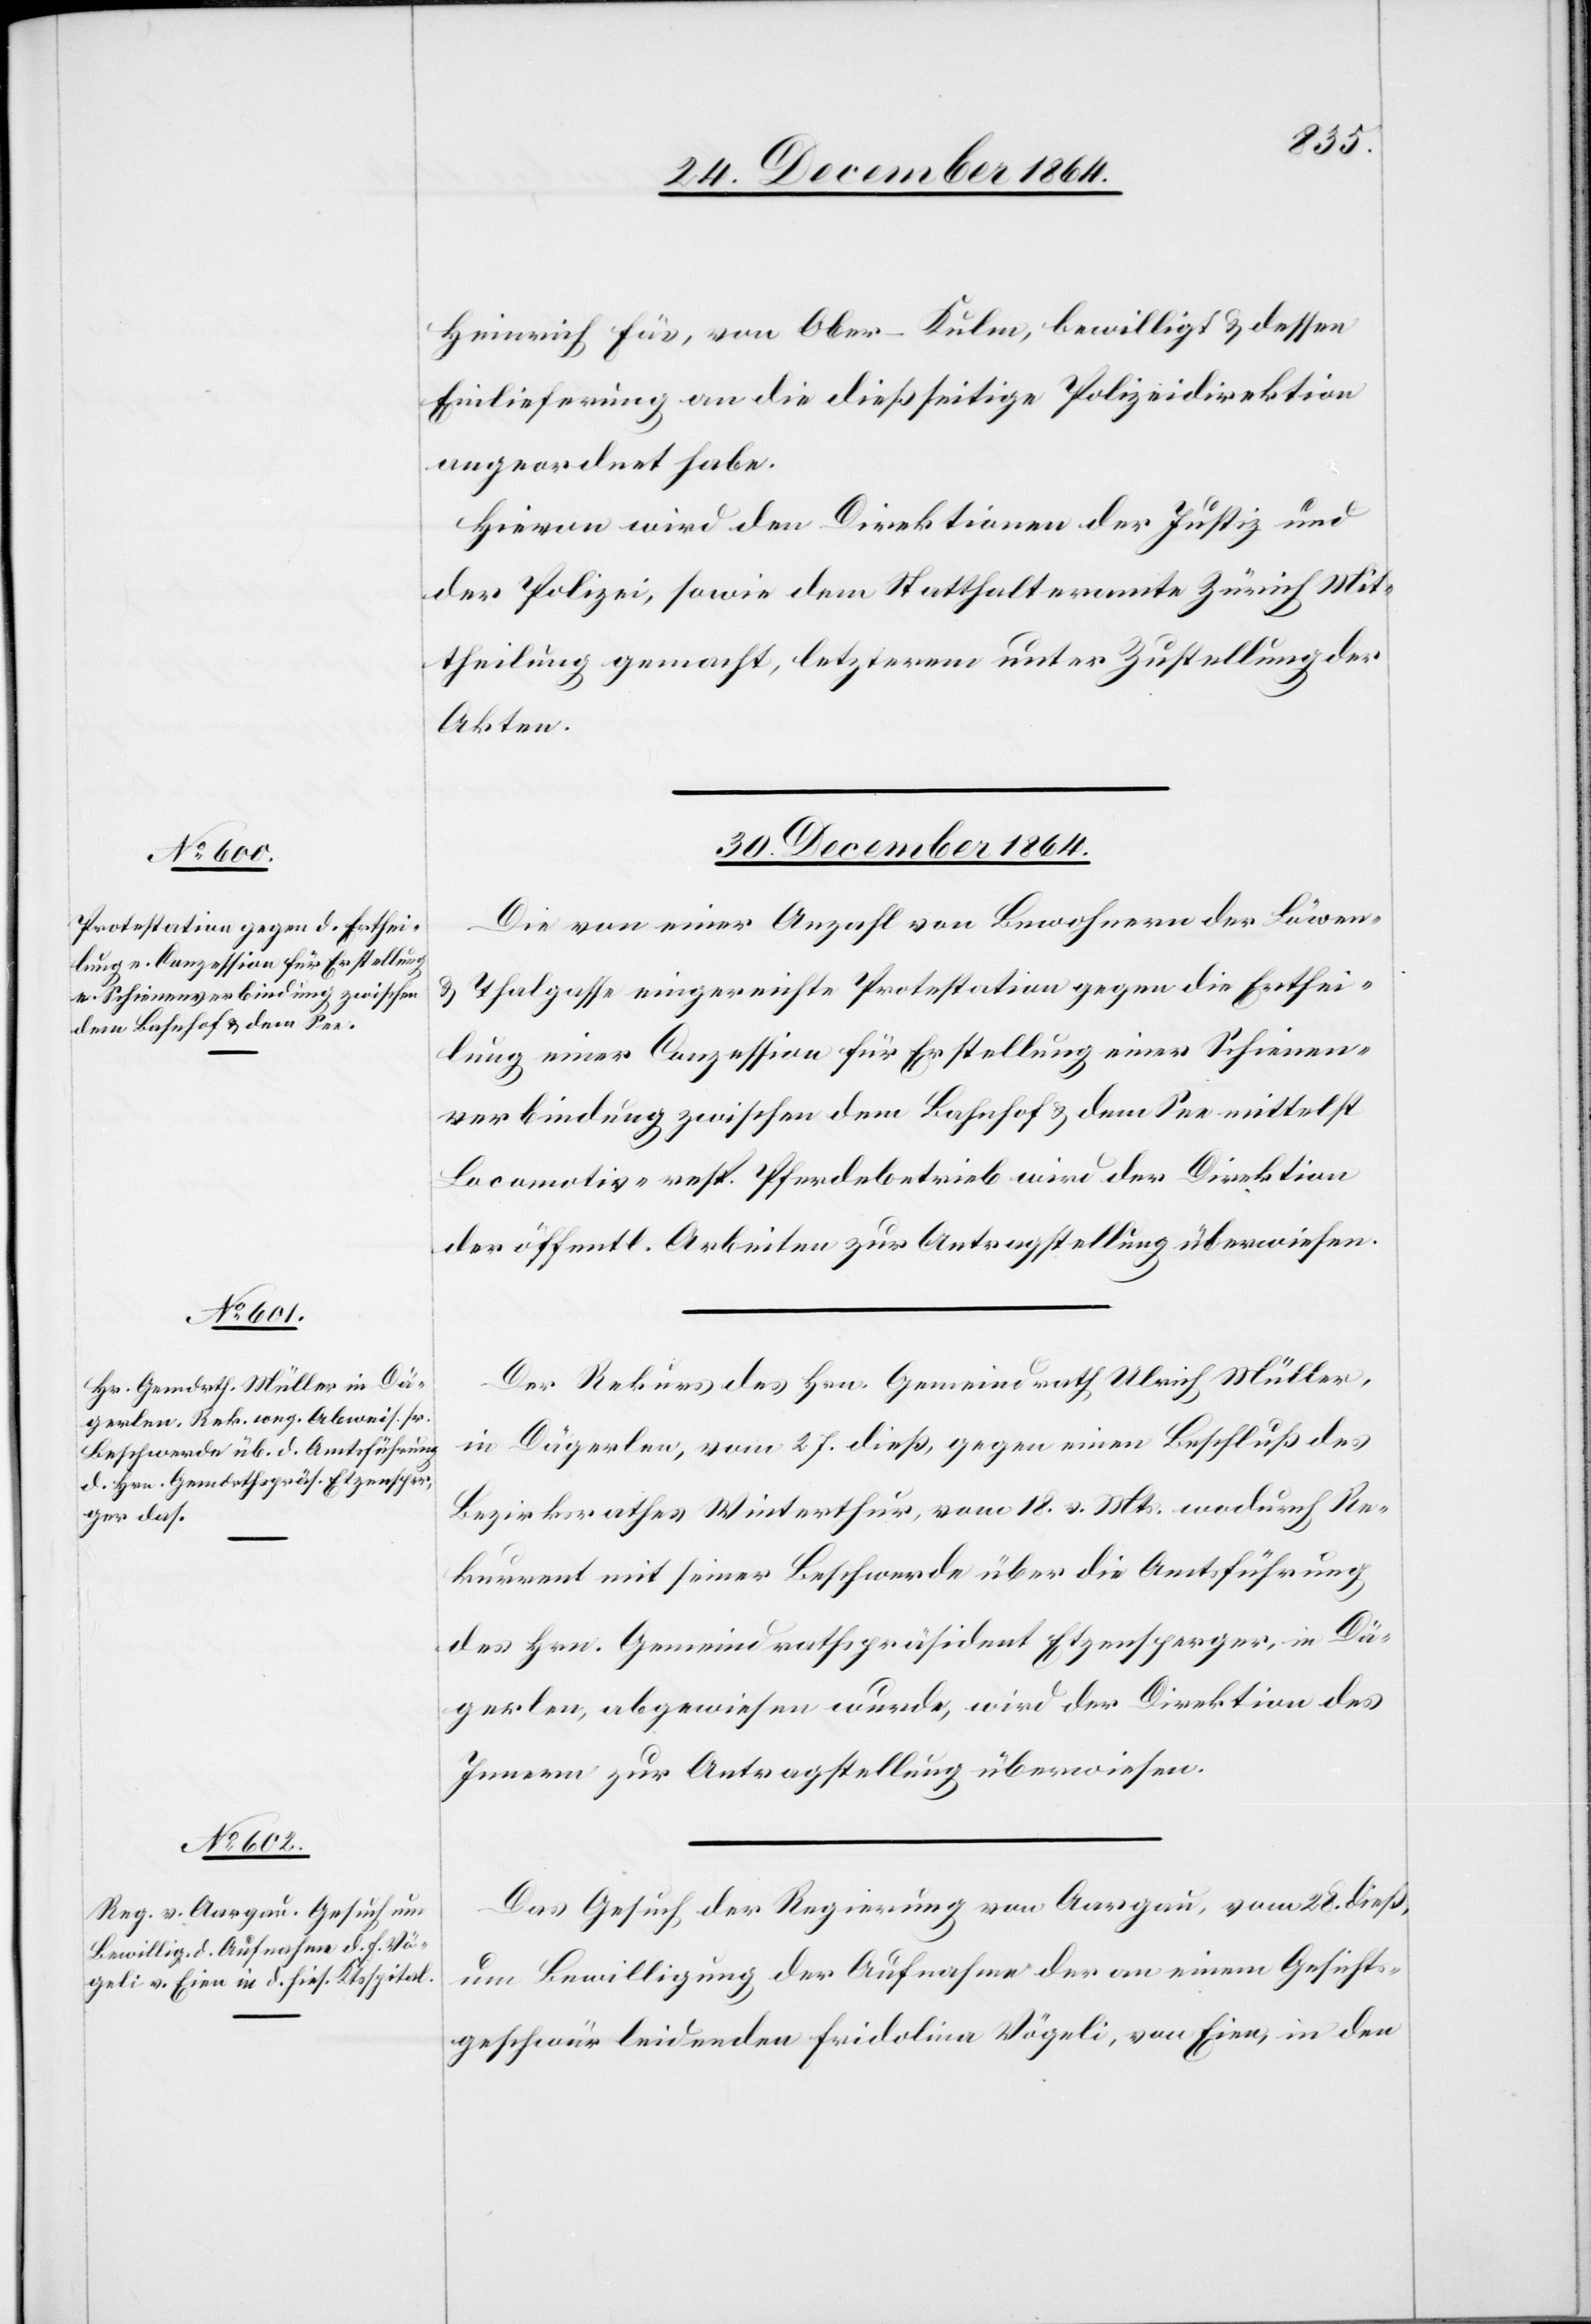
Heinrich Fäs, von Ober-Kulm, bewilligt & dessen
Einlieferung an die dießseitige Polizeidirektion
angeordnet habe.
Hievon wird den Direktionen der Justiz und
der Polizei, sowie dem Statthalteramte Zürich Mit¬
theilung gemacht, letzterem unter Zustellung der
Akten.
30. December 1864.]
Die von einer Anzahl von Bewohnern der Löwen-
& Thalgasse eingereichte Protestation gegen die Erthei¬
lung einer Conzession für Erstellung einer Schienen¬
verbindung zwischen dem Bahnhof & dem See mittelst
Locomotiv- resp. Pferdebetrieb wird der Direktion
der öffentl. Arbeiten zur Antragstellung überwiesen.
Der Rekurs des Hrn. Gemeindrath Ulrich Müller
in Dägerlen, vom 27. dieß, gegen einen Beschluß des
Bezirksrathes Winterthur, vom 18. v. Mts. wodurch Re¬
kurrent mit seiner Beschwerde über die Amtsführung
des Hrn. Gemeindrathspräsident Etzensperger, in Dä¬
gerlen, abgewiesen wurde, wird der Direktion des
Innern zur Antragstellung überwiesen.
Das Gesuch der Regierung von Aargau, vom 28. dieß,
um Bewilligung der Aufnahme der an einem Gesichts¬
geschwür leidenden Fridolina Vögeli, von Eien, in den